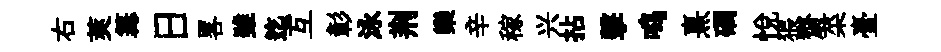
右莢篝日畧雖迄互彰泳荆欒辛稼兴拈擊鸣熹磵悦猥齋菜臺